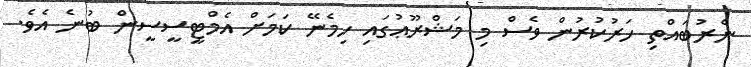
ނެރުބައްތި ހަރުކުރުން ވެސް މި މަޝްރޫޢުގައި ހިމެނޭ ކަމަށް އެމްޓީސީސީން ބުނެ އެވެ.